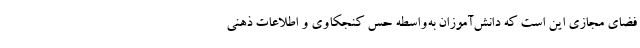
فضای مجازی این است که دانش‌آموزان به‌واسطه حس کنجکاوی و اطلاعات ذهنی